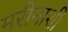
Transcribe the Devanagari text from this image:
मरीनाशी